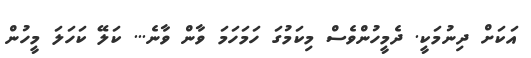
އަކަށް ދިނުމަކީ. ދެމީހުންވެސް މިކަމުގަ ހަމަހަމަ ވާން ވާނެ... ކަލޭ ކަހަލަ މީހުން